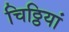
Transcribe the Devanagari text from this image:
चिठ्ठियां